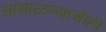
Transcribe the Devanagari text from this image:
सांभाळण्याचीही